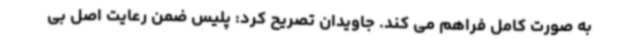
به صورت کامل فراهم می کند. جاویدان تصریح کرد: پلیس ضمن رعایت اصل بی